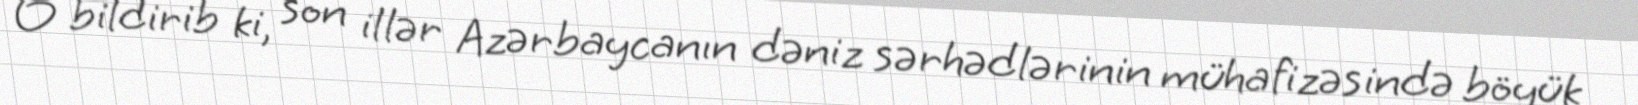
O bildirib ki, son illər Azərbaycanın dəniz sərhədlərinin mühafizəsində böyük